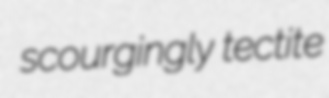
scourgingly tectite